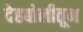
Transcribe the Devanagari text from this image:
देहबोलीतून